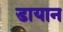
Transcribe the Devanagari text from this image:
डायान